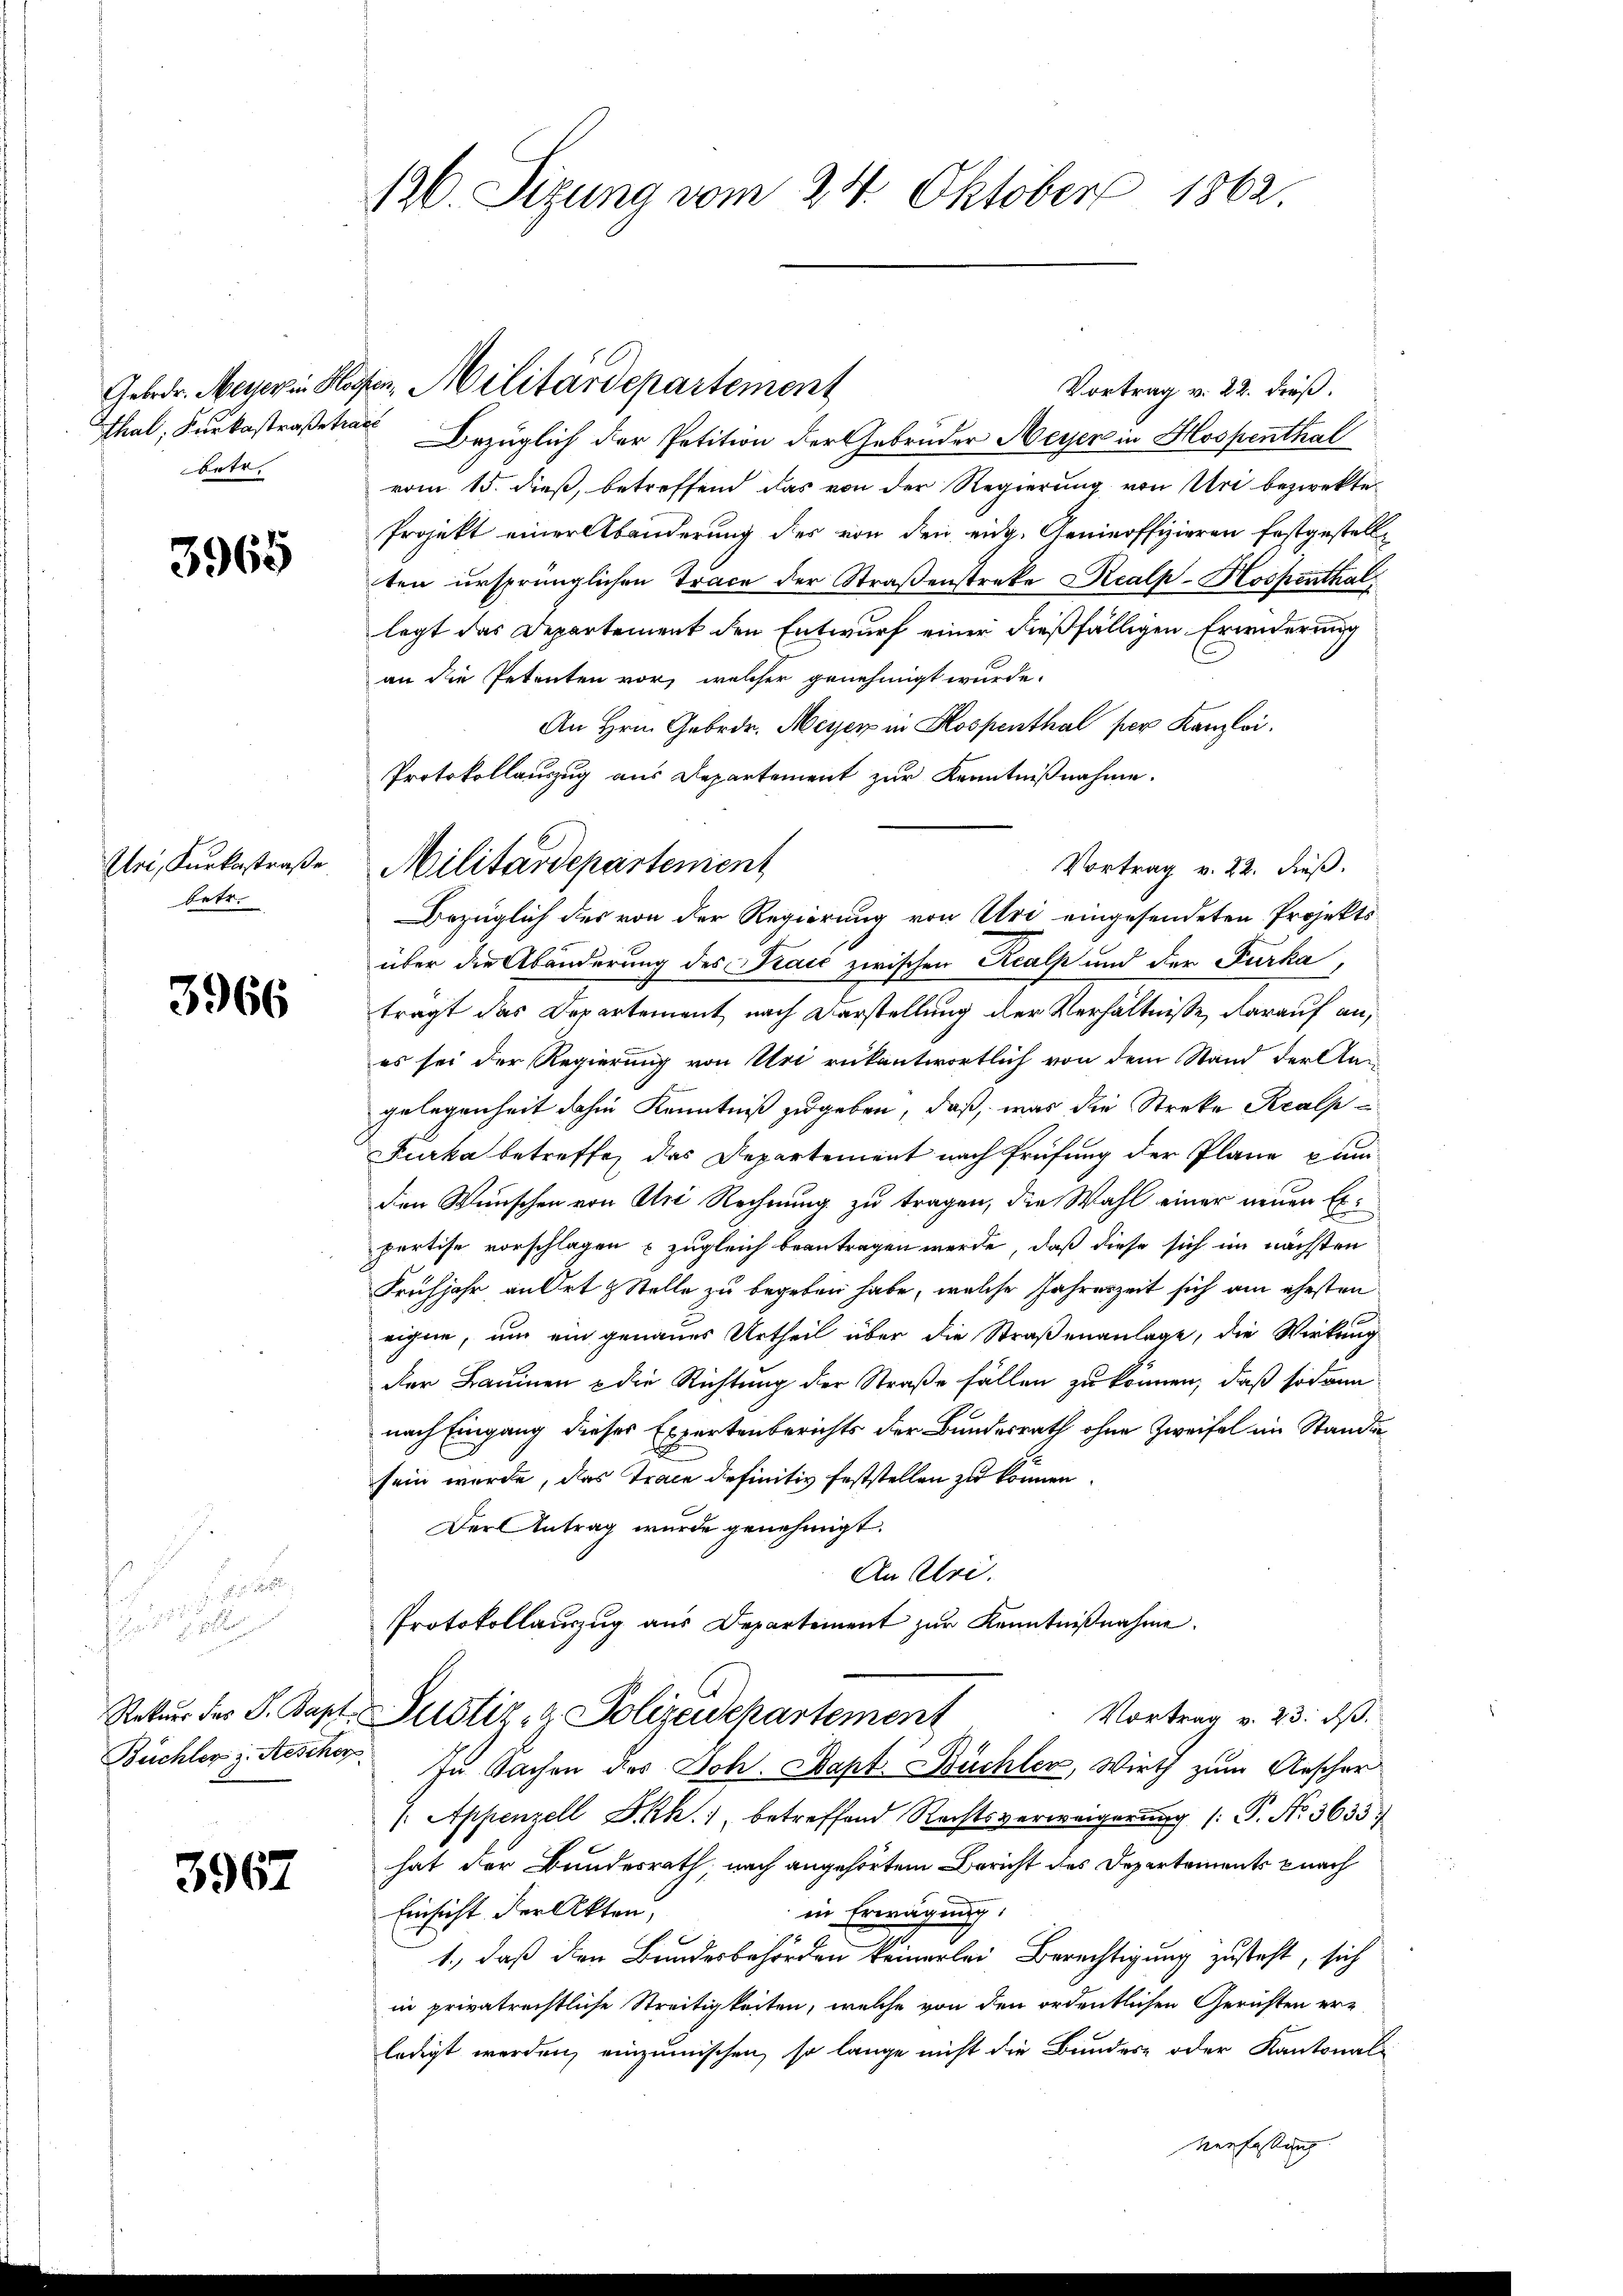
betr.

3965

Uri, Kurkostraße
betr.

3966

.

i . .

3967

136. Sizung vom 24. Oktober 1862.

Gebrdr. Messerin Hafen, Militärdepartement
Vortrag v. 22. dieß.
Thal, Surbestraßen Bezüglich der Petition der Gebrüder Meyer in Hospenthal
vom 15. dieß, betreffend das von der Regierung von Uri bezwekte¬
Projekt einer Abänderung des von den eidg. Genieoffizieren festgestellten ursprünglichen Trace der Straßenstreke Realp-Hospenthal
legt das Departement den Entwurf einer dießfälligen Erinderung
an die Petenten vor, welcher genehmigt wurde.
An Hrn. Gebrdr. Meyer in Hospenthal per Kanzlei.
Protokollauszug aus Departement zur Kenntnißnahme.
Vortrag v. 22. dieß.
Bezüglich des von der Regierung von Uri eingesendeten Projekts
über die Abänderung des Kraić zwischen Realp und der Furka,
trägt das Departement nach Darstellung der Verhältnisse, darauf an,
es sei der Regierung von Uri rükantwortlich von dem Stand der Aagelegenheit dahin Kenntniß zugeben, daß, was die Streke Kralp
Furka betreffen das Departement nach Prüfung der Plane kam
den Wünschen von Uri Rechnung zu tragen, die Wahl einer neuen Exportise vorschlagen zugleich beantragen werde, daß diese sich im nächsten
Frühjahr an Ort & Stelle zu begeben habe, welche Jahreszeit sich am ehesten
eigen, um ein genaues Urtheil über die Straßenanlage, die Wirkung
der Baumen & die Richtung der Straße fällen zu können, daß sodann
nach Eingang dieses Expertenberichts der Bundesrath ohne Zweifel im Stande
sein wurde, das Trace definitiv feststellen zu können.
Der Antrag wurde genehmigt.
An Uri.
Protokollauszug aus Departement zur Kenntnißnahme.
Vortrag v. 23. ds.
Rekŭr des S. Bapt. Justiz- & Polizeidepartement
Büchler z. Rescher. In Sachen des Joh. Bapt. Büchler, Wirth zum Aescher
/. Appenzell I.Rh. 1, betreffend Rechtsverweigerung (: P. Nr. 36357
hat der Bundesrath, nach angehörtem Bericht des Departements nach
in Erwägung.
Einsicht der Akten,
1., daß den Bundesbehörden keinerlei Berechtigung zusteht, sich
in privatrechtliche Streitigkeiten, welche von den ordentlichen Gerichten erledigt werden, einzumischen, so lange nicht die Bundes- oder Kantonalverfassung |

Militärdepartement